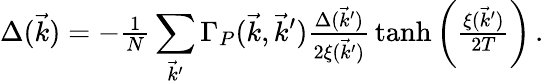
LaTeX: \Delta(\vec{k})=-{\textstyle{\frac{1}{N}}}\sum_{\vec{k}^{\prime}}\Gamma_{P}(\vec{k},\vec{k}^{\prime}){\textstyle{\frac{\Delta(\vec{k}^{\prime})}{2\xi(\vec{k}^{\prime})}}}\operatorname{tanh}\left({\textstyle{\frac{\xi(\vec{k}^{\prime})}{2T}}}\right)\, .